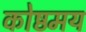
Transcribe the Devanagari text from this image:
कोष्ठमय